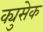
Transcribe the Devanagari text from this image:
क्युसेक